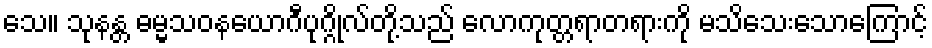
သေ။ သုနန္တ ဓမ္မသဝနယောဂီပုဂ္ဂိုလ်တို့သည် လောကုတ္တရာတရားကို မသိသေးသောကြောင့်